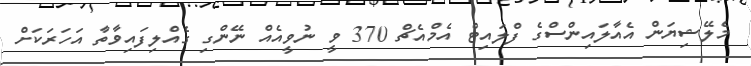
މެލޭޝިޔަން އެއާލައިންސްގެ ފްލައިޓް އެމްއެޗް 370 ވީ ނުވީއެއް ނޭންގި ގެއްލިފައިވާތާ އަހަރަކަށް